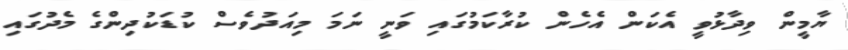
ޔާމީން ވިދާޅުވީ އެކަން އެހެން ކުރާކަމުގައި ވަނީ ނަމަ މިއަދުވެސް ކުޑަކުދިންގެ މެދުގައި